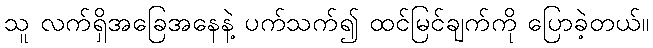
သူ လက်ရှိအခြေအနေနဲ့ ပက်သက်၍ ထင်မြင်ချက်ကို ပြောခဲ့တယ်။